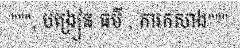
""", បង្រៀន ធម៌ , ការកសាង"""